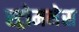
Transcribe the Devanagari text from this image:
स्ट्रोमनेस